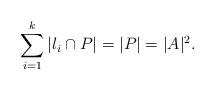
LaTeX: \begin{align*}\sum_{i=1}^k|l_i\cap{P}|=|P|=|A|^2.\end{align*}